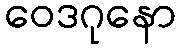
ဝေဒဂုနော